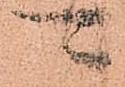
可